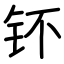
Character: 钚